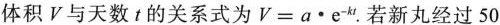
体积V与天数t的关系式为$$V=a\times e ^{-kt}$$.若新丸经过50